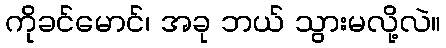
ကိုခင်မောင်၊ အခု ဘယ် သွားမလို့လဲ။